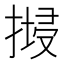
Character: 𢱷